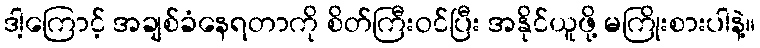
ဒါ့ကြောင့် အချစ်ခံနေရတာကို စိတ်ကြီးဝင်ပြီး အနိုင်ယူဖို့ မကြိုးစားပါနဲ့။